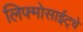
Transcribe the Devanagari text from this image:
लिफ्मोसाईट्चे